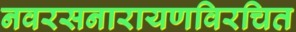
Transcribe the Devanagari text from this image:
नवरसनारायणविरचित